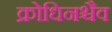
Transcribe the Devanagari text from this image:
क्रोधिनश्चैव